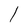
Character: l